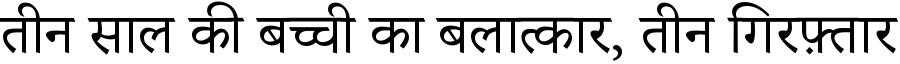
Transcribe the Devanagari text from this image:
तीन साल की बच्ची का बलात्कार, तीन गिरफ़्तार